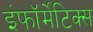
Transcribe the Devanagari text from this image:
इंफॉर्मेटिक्स